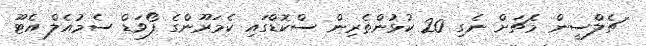
ޗެލްސީން މެޗަށް ނެގި 20 ކުޅުންތެރިން ސްކޮޑްގައި ކެމަރޫންގެ ފޯވަޑް ސެމުއެލް އެޓޫ